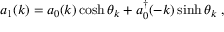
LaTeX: a _ { 1 } ( k ) = a _ { 0 } ( k ) \cosh \theta _ { k } + a _ { 0 } ^ { \dagger } ( - k ) \sinh \theta _ { k } \; ,